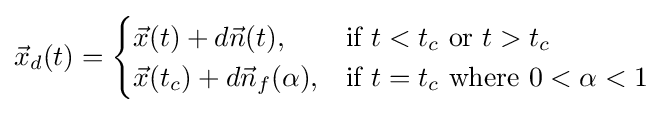
{\vec {x}}_{d}(t)={\begin{cases}{\vec {x}}(t)+d{\vec {n}}(t),&{\text{if }}t<t_{c}{\text{ or }}t>t_{c}\\{\vec {x}}(t_{c})+d{\vec {n}}_{f}(\alpha ),&{\text{if }}t=t_{c}{\text{ where }}0<\alpha <1\end{cases}}